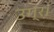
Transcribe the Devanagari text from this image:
उग्र।